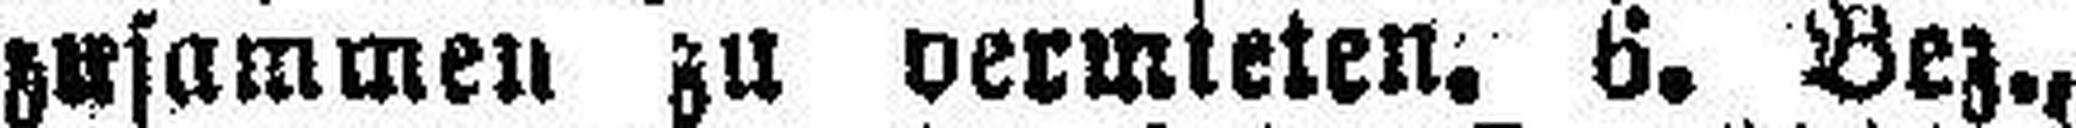
zusammen zu vermieten. 6. Bez.,